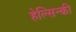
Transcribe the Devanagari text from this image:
हेल्सिन्की